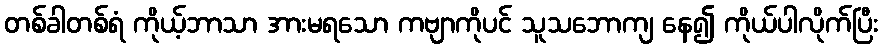
တစ်ခါတစ်ရံ ကိုယ့်ဘာသာ အားမရသော ကဗျာကိုပင် သူသဘောကျ နေ၍ ကိုယ်ပါလိုက်ပြီး